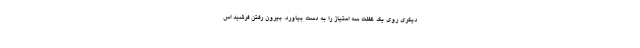
دیگری روی یک غفلت سه امتیاز را به دست بیاورد. بیرون رفتن فرشید اس